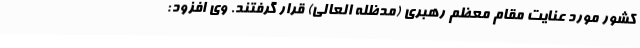
کشور مورد عنایت مقام معظم رهبری (مدظله العالی) قرار گرفتند. وی افزود: